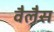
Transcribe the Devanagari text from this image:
वैलैस